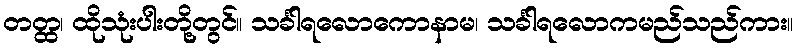
တတ္ထ၊ ထိုသုံးပါးတို့တွင်။ သင်္ခါရလောကောနာမ၊ သင်္ခါရလောကမည်သည်ကား။